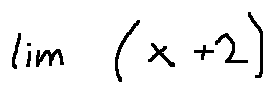
\lim ( x + 2 )